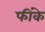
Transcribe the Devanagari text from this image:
फींके